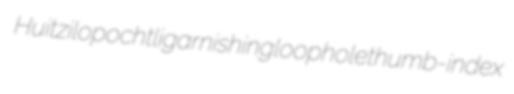
Huitzilopochtli garnishing loophole thumb-index